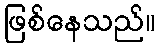
ဖြစ်နေသည်။